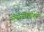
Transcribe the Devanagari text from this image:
सीमारेषेपलीकडे